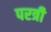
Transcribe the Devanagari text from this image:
परत्री